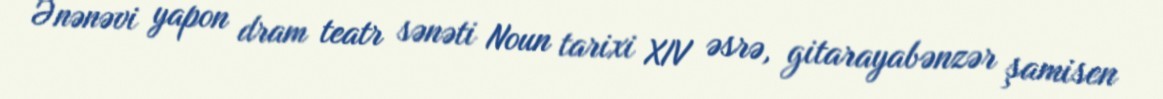
Ənənəvi yapon dram teatr sənəti Noun tarixi XIV əsrə, gitarayabənzər şamisen